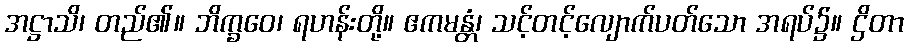
အဋ္ဌာသိ၊ တည်၏။ ဘိက္ခဝေ၊ ရဟန်းတို့။ ဧကမန္တံ၊ သင့်တင့်လျောက်ပတ်သော အရပ်၌။ ဌိတာ